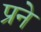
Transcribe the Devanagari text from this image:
प्रने